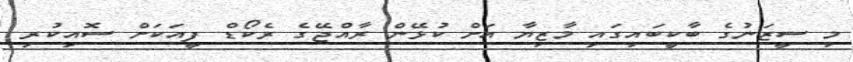
މި ސީޒަނުގެ ބާކީބައިގައި މާޒިޔާ އަށް ކުޅޭން ރާއްޖޭގެ ރެކޯޑް ފީއަކަށް ސޮއިކުރި